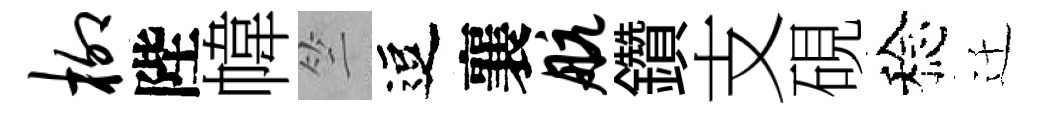
柳陛幃竺逗襄航鑽支硯稔迁